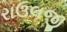
રાઉલજી